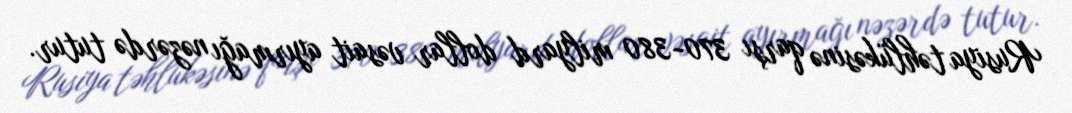
Rusiya təhlükəsinə qarşı 370-380 milyard dollar vəsait ayırmağı nəzərdə tutur.